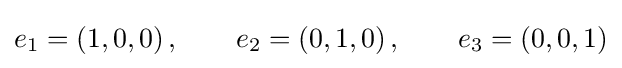
e_{1}=(1,0,0)\,,\qquad e_{2}=(0,1,0)\,,\qquad e_{3}=(0,0,1)